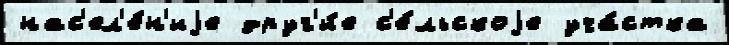
нас'ел'е́н'иjе друг'и́е с'е́льскоjе уча́стка